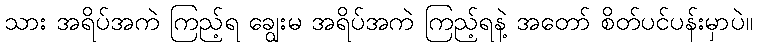
သား အရိပ်အကဲ ကြည့်ရ ချွေးမ အရိပ်အကဲ ကြည့်ရနဲ့ အတော် စိတ်ပင်ပန်းမှာပဲ။